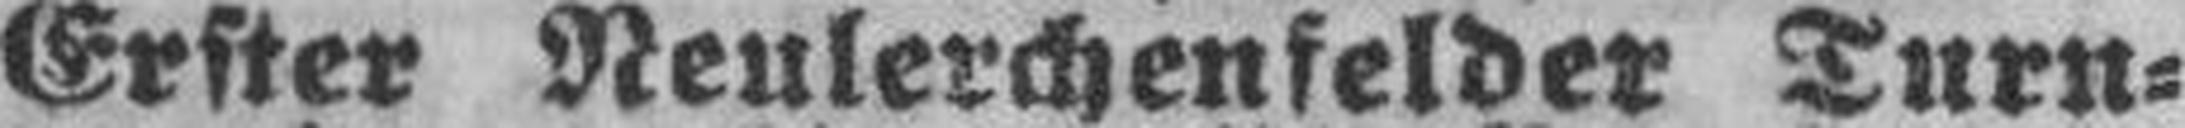
Erster Neulerchenfelder Turn¬